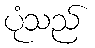
ပုံသည်